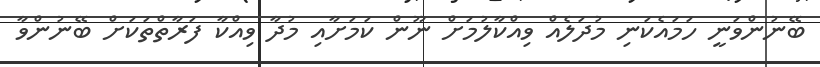
ބޭނުންވަނީ ހަމައެކަނި މުދަލެއް ވިއްކާލުމަށް ނޫން ކަމަށާއި މުދާ ވިއްކާ ފަރާތްތަކަށް ބޭނުންވާ